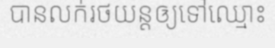
បានលក់រថយន្តឲ្យទៅឈ្មោះ